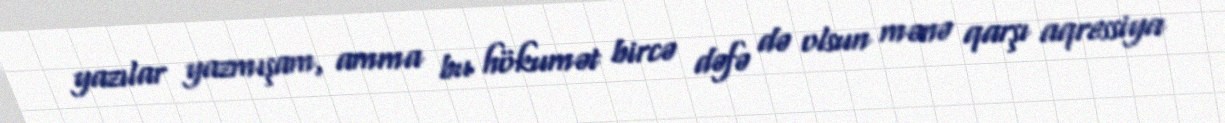
yazılar yazmışam, amma bu hökumət bircə dəfə də olsun mənə qarşı aqressiya